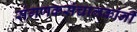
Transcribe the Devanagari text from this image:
संगणकसंचालकांनी